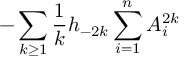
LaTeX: - \sum _ { k \ge 1 } { \frac { 1 } { k } } h _ { - 2 k } \sum _ { i = 1 } ^ { n } A _ { i } ^ { 2 k }